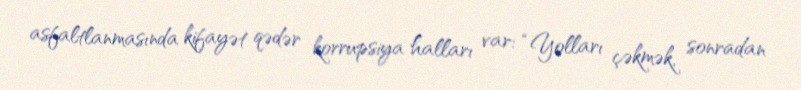
asfaltlanmasında kifayət qədər korrupsiya halları var: “Yolları çəkmək, sonradan